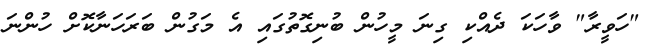
"ހަވީރާ" ވާހަކަ ދެއްކި ގިނަ މީހުން ބުނިގޮތުގައި އެ މަގުން ބަރަހަނާކޮށް ހުންނަ